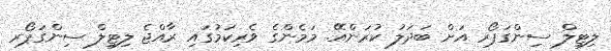
ލިޓިލް ސިންގަޕޯރ އަށް ބަދަލު ކުރަންއޭ. މަމެންގެ ވެރިކަމުގައި ރާއްޖެ ލިޓިލް ސިންގަޕޯރ